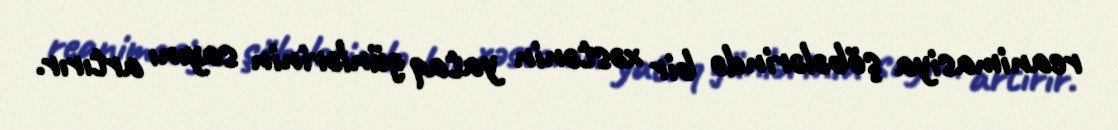
reanimasiya şöbələrində bir xəstənin yataq günlərinin sayını artırır.